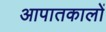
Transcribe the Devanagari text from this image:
आपातकालों